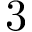
3